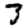
Digit: 3